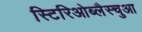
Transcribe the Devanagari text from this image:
स्टिरिओब्लैस्चुआ